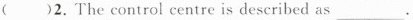
( )2.The control centre is described as ___.